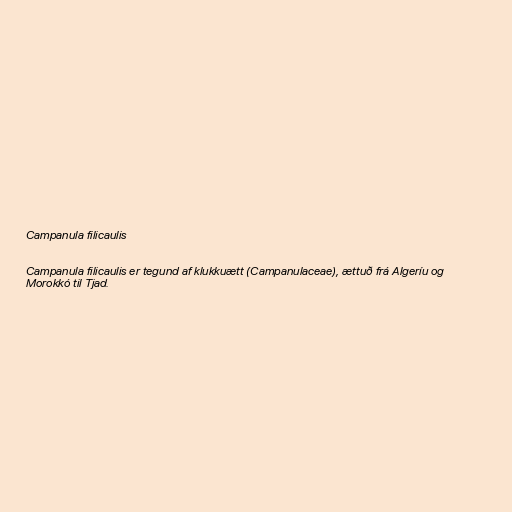
Campanula filicaulis

Campanula filicaulis er tegund af klukkuætt (Campanulaceae), ættuð frá Algeríu og
Morokkó til Tjad.